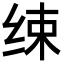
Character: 𦈌